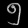
Digit: ၅